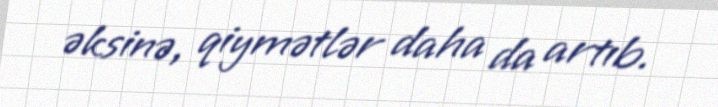
əksinə, qiymətlər daha da artıb.